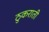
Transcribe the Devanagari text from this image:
ठुकराती